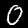
Digit: 0